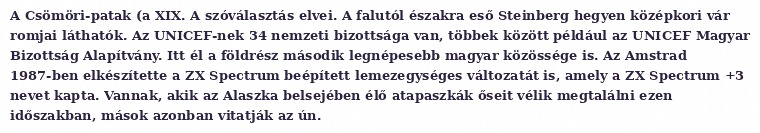
A Csömöri-patak (a XIX. A szóválasztás elvei. A falutól északra eső Steinberg hegyen középkori vár romjai láthatók. Az UNICEF-nek 34 nemzeti bizottsága van, többek között például az UNICEF Magyar Bizottság Alapítvány. Itt él a földrész második legnépesebb magyar közössége is. Az Amstrad 1987-ben elkészítette a ZX Spectrum beépített lemezegységes változatát is, amely a ZX Spectrum +3 nevet kapta. Vannak, akik az Alaszka belsejében élő atapaszkák őseit vélik megtalálni ezen időszakban, mások azonban vitatják az ún.